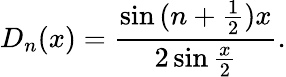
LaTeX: D_{n}(x)=\frac{\sin{(n+\frac{1}{2})x}}{2\sin{\frac{x}{2}}}.